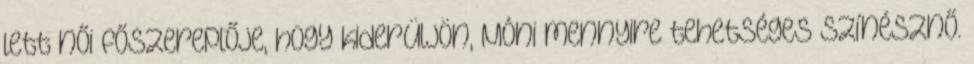
lett női főszereplője, hogy kiderüljön, Móni mennyire tehetséges színésznő.